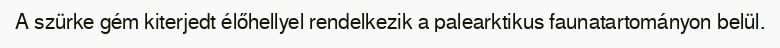
A szürke gém kiterjedt élőhellyel rendelkezik a palearktikus faunatartományon belül.